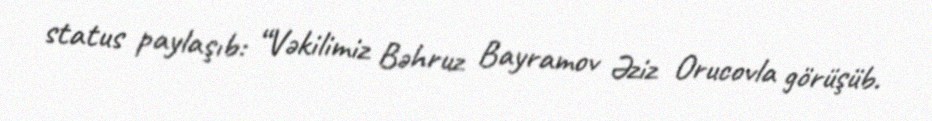
status paylaşıb: “Vəkilimiz Bəhruz Bayramov Əziz Orucovla görüşüb.